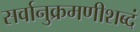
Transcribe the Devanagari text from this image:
सर्वानुक्रमणीशब्दं